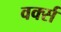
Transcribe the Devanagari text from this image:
वर्क्स